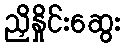
ညှိနှိုင်းဆွေး